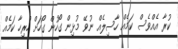
ކުރާ އެއްވެސް ކަމެއް ހާސިލެއް ނުވޭ މުޅިން ގޯހުން ގޯހަށް ހުރިހާ ކަމެއް